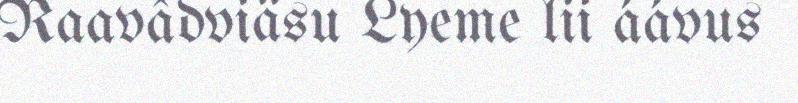
Raavâdviäsu Lyeme lii áávus